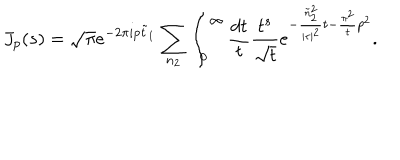
LaTeX: J _ { p } ( s ) = \sqrt { \pi } e ^ { - 2 \pi i p \tilde { t } _ { 1 } } \sum _ { n _ { 2 } } \int _ { 0 } ^ { \infty } \frac { d t } { t } \frac { t ^ { s } } { \sqrt { t } } e ^ { - \frac { \tilde { n } _ { 2 } ^ { 2 } } { | \tau | ^ { 2 } } t - \frac { \pi ^ { 2 } } { t } p ^ { 2 } } .